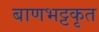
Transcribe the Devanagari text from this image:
बाणभट्टकृत